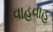
વાહવાહ